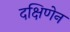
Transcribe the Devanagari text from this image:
दक्षिणेन